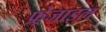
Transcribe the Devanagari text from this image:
फ़्रेजाइल